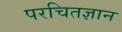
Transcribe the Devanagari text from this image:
परचितज्ञान